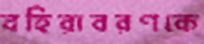
বহিরাবরণকে